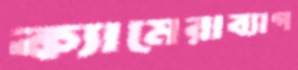
ক্যামেরাব্যাগ